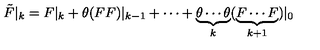
\tilde { F } | _ { k } = F | _ { k } + \theta ( F F ) | _ { k - 1 } + \cdots + \underbrace { \theta \cdots \theta } _ { k } ( \underbrace { F \cdots F } _ { k + 1 } ) | _ { 0 }